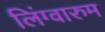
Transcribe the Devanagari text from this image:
लिंग्वारुम